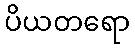
ပိယတရော